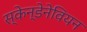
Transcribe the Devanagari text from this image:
स्केन्डेनेवियन